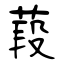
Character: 葮